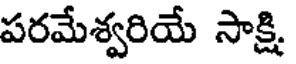
పరమేశ్వరియే సాక్షి